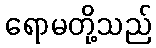
ရောမတို့သည်